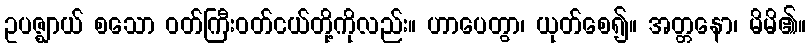
ဥပဇ္ဈာယ် စသော ဝတ်ကြီးဝတ်ငယ်တို့ကိုလည်း။ ဟာပေတွာ၊ ယုတ်စေ၍။ အတ္တနော၊ မိမိ၏။